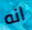
انه